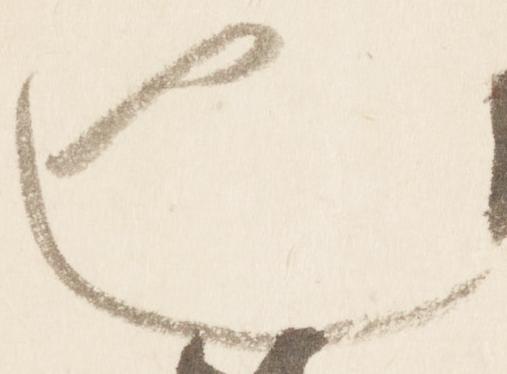
也